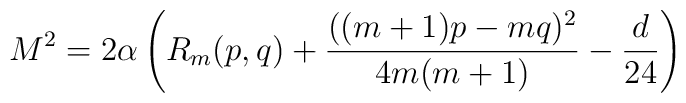
M^2 = 2\alpha\left( R_m(p,q) + {((m+1)p - m q )^2 \over 4m(m+1)} - {d\over 24}\right)